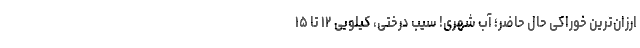
ارزان‌ترین خوراکی حال حاضر؛ آبِ شهری! سیبِ درختی، کیلویی ۱۲ تا ۱۵